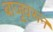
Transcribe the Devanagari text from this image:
बाजूवरून